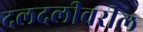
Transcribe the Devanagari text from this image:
दलदलीवरील